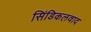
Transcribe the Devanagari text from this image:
सिंडिकलवाद